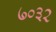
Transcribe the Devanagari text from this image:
७०३२